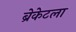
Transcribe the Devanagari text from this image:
ब्रेकेटला